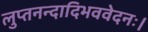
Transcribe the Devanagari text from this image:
लुप्तनन्दादिभववेदनः।